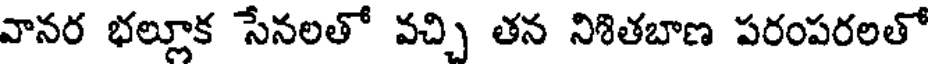
వానర భల్లూక సేనలతో వచ్చి తన నిశితబాణ పరంపరలతో